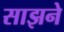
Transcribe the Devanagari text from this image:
साझने